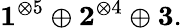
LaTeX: \mathbf{1}^{\otimes 5}\oplus\mathbf{2}^{\otimes 4}\oplus\mathbf{3}.